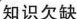
知识欠缺